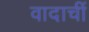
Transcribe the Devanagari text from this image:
वादाचीं